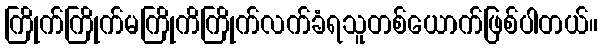
ကြိုက်ကြိုက်မကြိုကိကြိုက်လက်ခံရသူတစ်ယောက်ဖြစ်ပါတယ်။